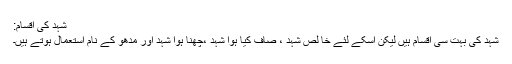
شہد کی اقسام:
شہد کی بہت سی اقسام ہیں لیکن اسکے لئے خا لص شہد ، صاف کیا ہوا شہد ،چھنا ہوا شہد اور مدھو کے نام استعمال ہوتے ہیں۔